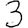
Digit: 3